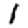
Digit: 1